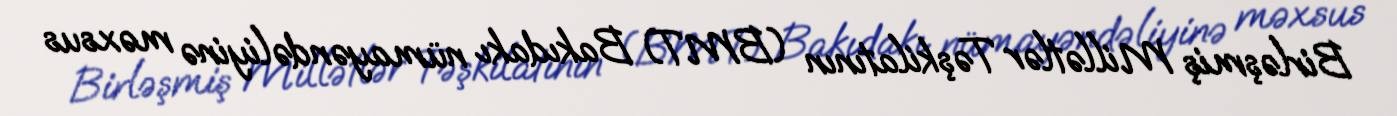
Birləşmiş Millətlər Təşkilatının (BMT) Bakıdakı nümayəndəliyinə məxsus